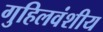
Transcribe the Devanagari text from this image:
गुहिलवंशीय